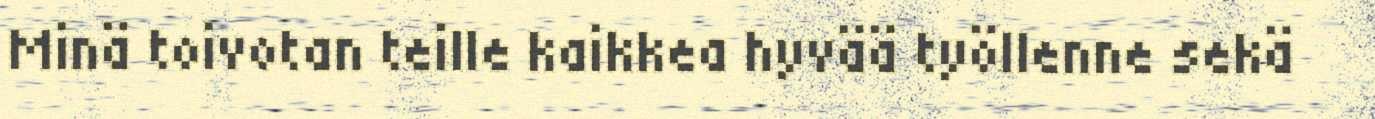
Minä toivotan teille kaikkea hyvää työllenne sekä